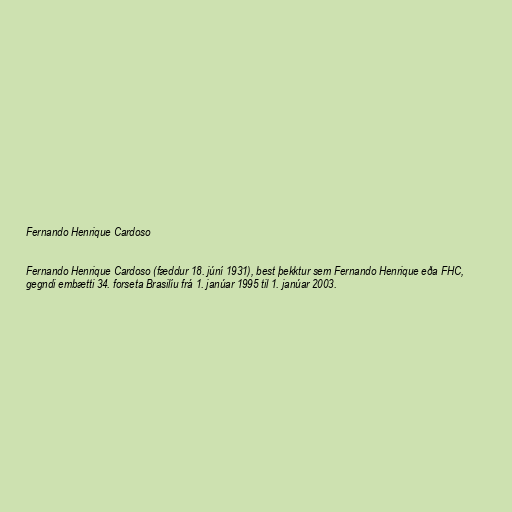
Fernando Henrique Cardoso

Fernando Henrique Cardoso (fæddur 18. júní 1931), best þekktur sem Fernando Henrique eða FHC,
gegndi embætti 34. forseta Brasilíu frá 1. janúar 1995 til 1. janúar 2003.